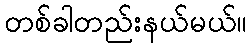
တစ်ခါတည်းနယ်မယ်။